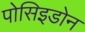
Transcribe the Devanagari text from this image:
पोसिइडोन